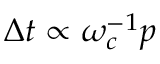
\Delta t \propto \omega _ { c } ^ { - 1 } p